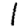
Digit: 1